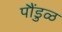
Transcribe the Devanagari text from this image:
पौंडुळ